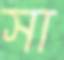
সা